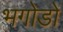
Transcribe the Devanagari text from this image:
भगोडों